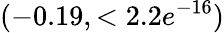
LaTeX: (-0.19,<2.2e^{-16})